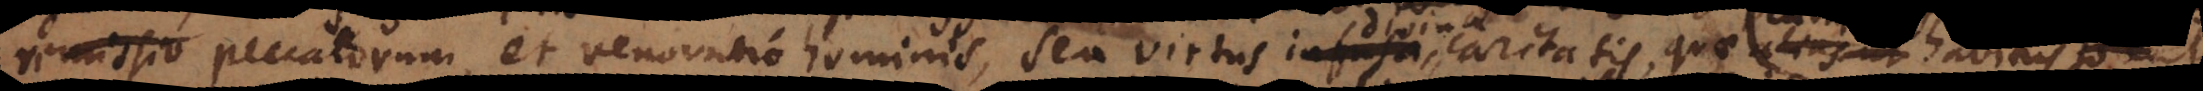
r peccatorum, et renovatio hominis, seu virtus divinae caritatis quae (cum alias ha